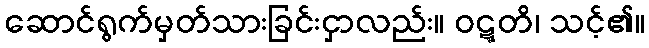
ဆောင်ရွက်မှတ်သားခြင်းငှာလည်း။ ဝဋ္ဋတိ၊ သင့်၏။